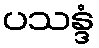
ပသန္ဒံ